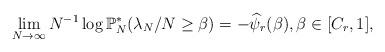
LaTeX: \begin{align*}\lim_{N\to\infty} N^{-1} \log \mathbb{P}^*_N(\lambda_N/N \geq \beta)= - \widehat{\psi}_r(\beta) , \beta \in [C_r,1],\end{align*}